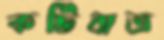
কটিবাত